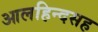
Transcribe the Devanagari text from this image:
आलहिन्दसह